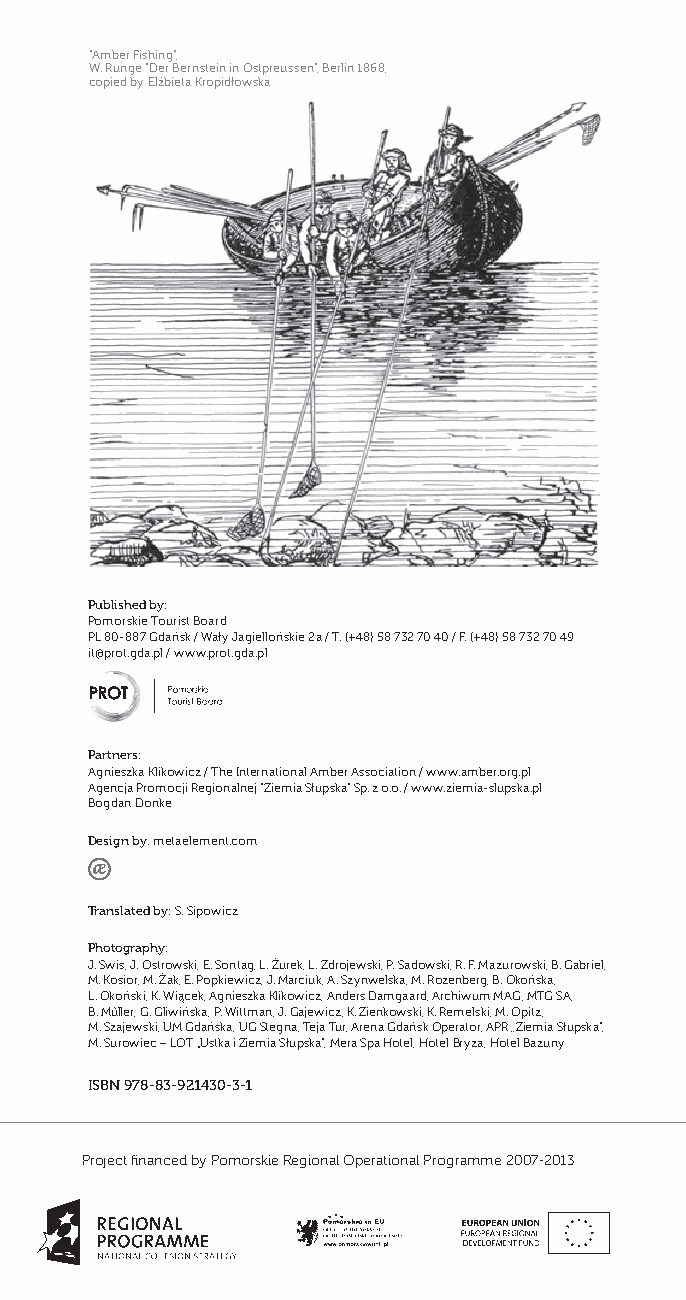
“Amber Fishing”,
 W. Runge “Der Bernstein in Ostpreussen”, Berlin 1868,
 copied by Elżbieta Kropidłowska
 Published by:
 Pomorskie Tourist Board
 PL 80-887 Gdańsk / Wały Jagiellońskie 2a / T: (+48) 58 732 70 40 / F: (+48) 58 732 70 49
 it@prot.gda.pl / www.prot.gda.pl
 Partners:
 Agnieszka Klikowicz / The International Amber Association / www.amber.org.pl
 Agencja Promocji Regionalnej “Ziemia Słupska” Sp. z o.o. / www.ziemia-slupska.pl
 Bogdan Donke
 Design by: metaelement.com
 Translated by: S. Sipowicz
 Photography:
 J. Swis, J. Ostrowski, E. Sontag, L. Żurek, L. Zdrojewski, P. Sadowski, R. F. Mazurowski, B. Gabriel,
 M. Kosior, M. Żak, E. Popkiewicz, J. Marciuk, A. Szynwelska, M. Rozenberg, B. Okońska,
 L. Okoński, K. Wiącek, Agnieszka Klikowicz, Anders Damgaard, Archiwum MAG, MTG SA,
 B. Műller, G. Gliwińska, P. Wittman, J. Gajewicz, K. Zienkowski, K. Remelski, M. Opitz,
 M. Szajewski, UM Gdańska, UG Stegna, Teja Tur, Arena Gdańsk Operator, APR ,,Ziemia Słupska”,
 M. Surowiec – LOT „Ustka i Ziemia Słupska”, Mera Spa Hotel, Hotel Bryza, Hotel Bazuny
 ISBN 978-83-921430-3-1
 Project financed by Pomorskie Regional Operational Programme 2007-2013